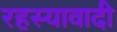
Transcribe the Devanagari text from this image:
रहस्यावादी